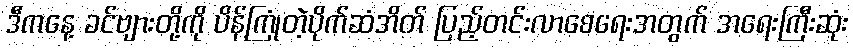
ဒီကနေ့ ခင်ဗျားတို့ကို ပိန်ကြုံတဲ့ပိုက်ဆံအိတ် ပြည့်တင်းလာစေရေးအတွက် အရေးကြီးဆုံး